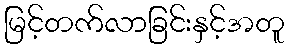
မြင့်တက်လာခြင်းနှင့်အတူ